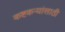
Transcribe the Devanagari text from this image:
कष्टकर्‍यांसाठी